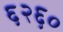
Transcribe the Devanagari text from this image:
६२६०